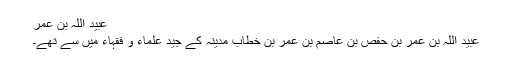
عبید اللہ بن عمر
عبید اللہ بن عمر بن حفص بن عاصم بن عمر بن خطاب مدینہ کے جید علماء و فقہاء میں سے تھے۔